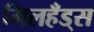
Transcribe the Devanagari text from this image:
मिलहँड्‌स